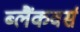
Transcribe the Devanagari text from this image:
ब्लैंकवर्स